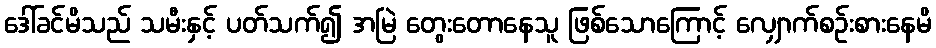
ဒေါ်ခင်မိသည် သမီးနှင့် ပတ်သက်၍ အမြဲ တွေးတောနေသူ ဖြစ်သောကြောင့် လျှောက်စဉ်းစားနေမိ